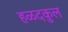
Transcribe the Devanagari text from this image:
हळदकुल